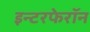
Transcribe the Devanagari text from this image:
इन्टरफेरॉन